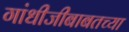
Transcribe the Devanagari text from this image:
गांधीजीबाबतच्या